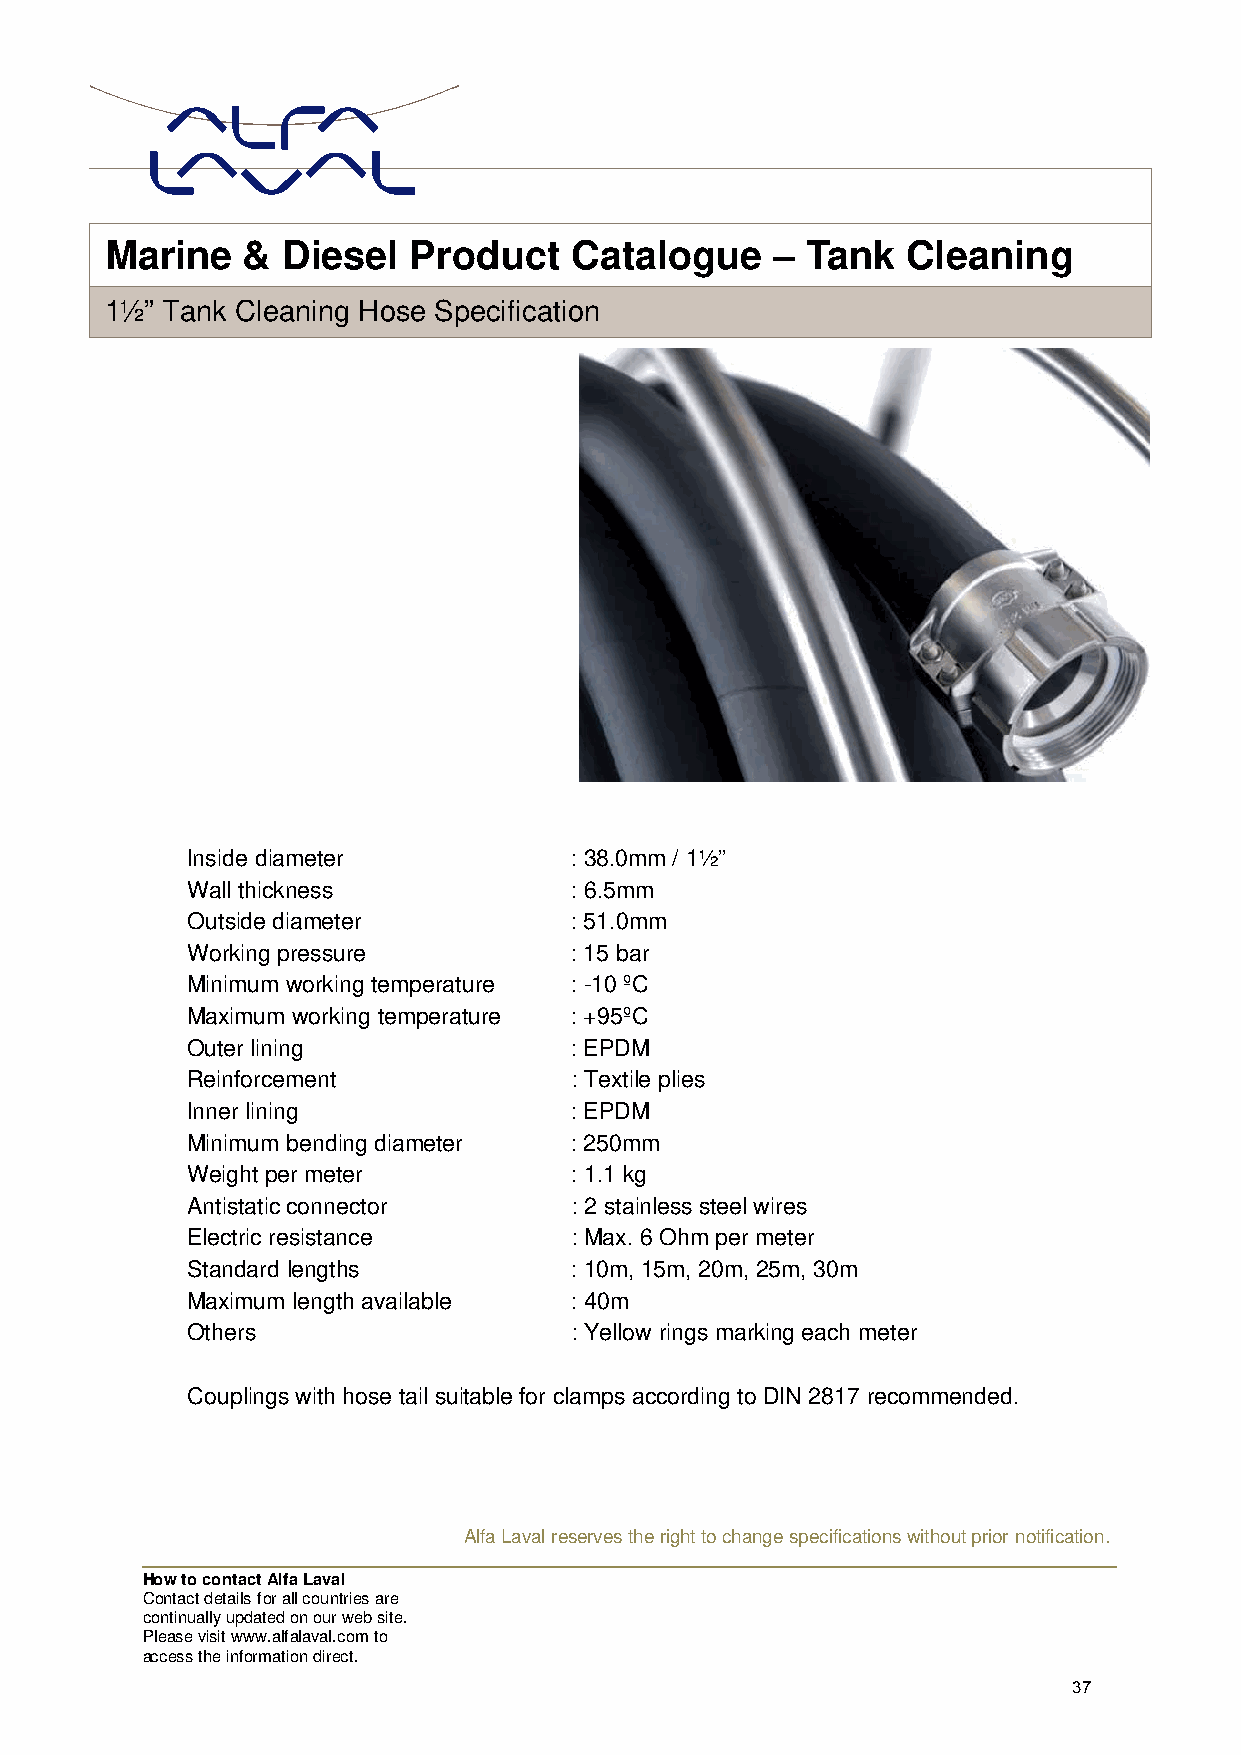
Marin  e &  Diesel  Product    Catalogue    – Tank   Cleaning
 1½” Tank Cleaning Hose Specification
 Inside diameter           : 38.0mm / 1½”
 Wall thickness            : 6.5mm
 Outside diameter          : 51.0mm
 Working pressure          : 15 bar
 Minimum working temperature : -10 ºC
 Maximum working temperature : +95ºC
 Outer lining              : EPDM
 Reinforcement             : Textile plies
 Inner lining              : EPDM
 Minimum bending diameter  : 250mm
 Weight per meter          : 1.1 kg
 Antistatic connector      : 2 stainless steel wires
 Electric resistance       : Max. 6 Ohm per meter
 Standard lengths          : 10m, 15m, 20m, 25m, 30m
 Maximum length available  : 40m
 Others                    : Yellow rings marking each meter
 Couplings with hose tail suitable for clamps according to DIN 2817 recommended.
 Alfa Laval reserves the right to change specifications without prior notification.
 How to contact Alfa Laval
 Contact details for all countries are
 continually updated on our web site.
 Please visit www.alfalaval.com to
 access the information direct.
 37